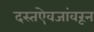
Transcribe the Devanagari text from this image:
दस्तऐवजांवरून